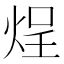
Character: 𬊒